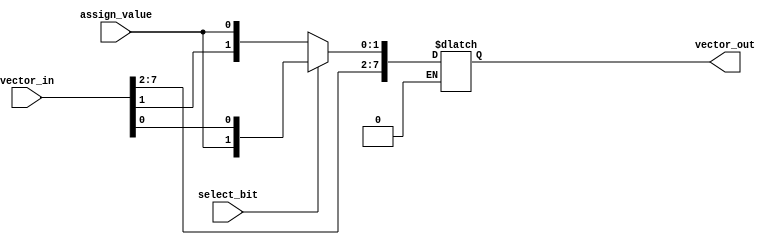
module bit_select_assign(
    input [7:0] vector_in,
    input select_bit,
    input assign_value,
    output reg [7:0] vector_out
);

always @(*)
begin
    if (select_bit == 0)
        vector_out = {vector_in[7:1], assign_value};
    else if (select_bit == 1)
        vector_out = {vector_in[7:2], assign_value, vector_in[0]};
    else if (select_bit == 2)
        vector_out = {vector_in[7:3], assign_value, vector_in[1:0]};
    // Add more conditional statements for additional select bits as needed
end

endmodule